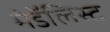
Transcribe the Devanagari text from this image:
मेडॅलिस्ट